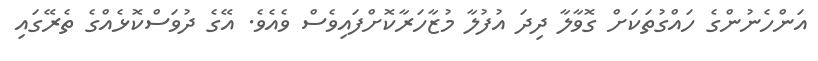
އަންހެނުންގެ ހައްގުތަކަށް ގޮވާލާ ދިދަ އުފުލާ މުޒާހަރާކޮށްފައިވެސް ވެއެވެ. އޭގެ ދުވަސްކޮޅެއްގެ ތެރޭގައި